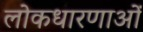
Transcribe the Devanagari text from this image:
लोकधारणाओं